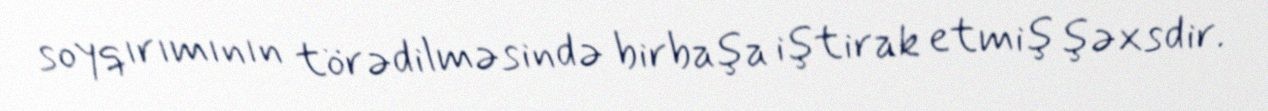
soyqırımının törədilməsində birbaşa iştirak etmiş şəxsdir.